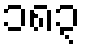
၁၈၃